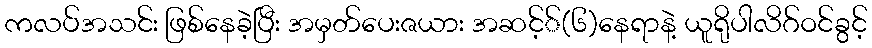
ကလပ်အသင်း ဖြစ်နေခဲ့ပြီး အမှတ်ပေးဇယား အဆင့််(၆)နေရာနဲ့ ယူရိုပါလိဂ်ဝင်ခွင့်